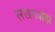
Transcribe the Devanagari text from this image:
लखनवाड़ा